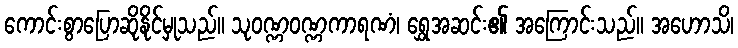
ကောင်းစွာပြောဆိုနိုင်မှုသည်။ သုဝဏ္ဏဝဏ္ဏကာရဏံ၊ ရွှေအဆင်း၏ အကြောင်းသည်။ အဟောသိ၊